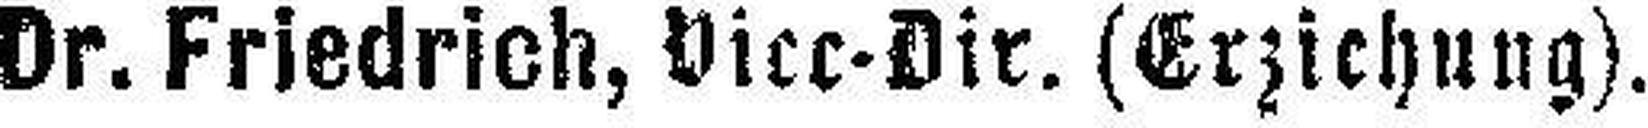
Dr. Friedrich, Vicc-Dir. (Erziehung).